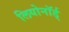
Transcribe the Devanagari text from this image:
लियोनॉर्ड्